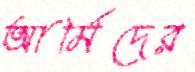
আর্মিদের